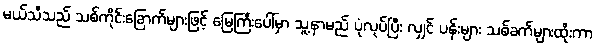
မယ်သီသည် သစ်ကိုင်းခြောက်များဖြင့် မြေကြီးပေါ်မှာ သူ့နာမည် ပုံလုပ်ပြီး လျှင် ပန်းများ သစ်ခက်များထိုးကာ